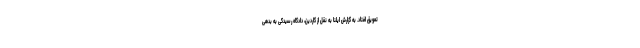
تعویق افتاد. به گزارش ایلنا به نقل از گاردین، دادگاه رسیدگی به بدهی